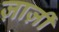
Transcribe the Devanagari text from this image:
ज़ार्ज़ी